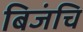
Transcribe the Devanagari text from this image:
बिजंचि